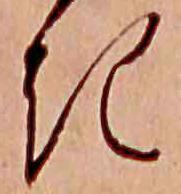
き